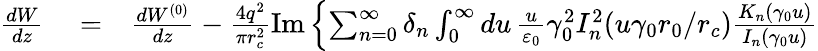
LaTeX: \begin{array}{rlr}{\frac{dW}{dz}}&{{}=}&{\frac{dW^{(0)}}{dz}-\frac{4q^{2}}{\pi r_{c}^{2}}\mathrm{Im}\left\{ \sum_{n=0}^{\infty}\delta_{n}\int_{0}^{\infty}du\, \frac{u}{\varepsilon_{0}}\gamma_{0}^{2}I_{n}^{2}(u\gamma_{0}r_{0}/r_{c})\frac{K_{n}(\gamma_{0}u)}{I_{n}(\gamma_{0}u)}\right.}\end{array}